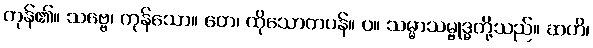
ကုန်၏။ သဗ္ဗေ၊ ကုန်သော။ တေ၊ ထိုသောတပန်။ ပ။ သမ္မာသမ္ဗုဒ္ဓတို့သည်။ ဆဟိ၊